Leaving Certificate, 1898
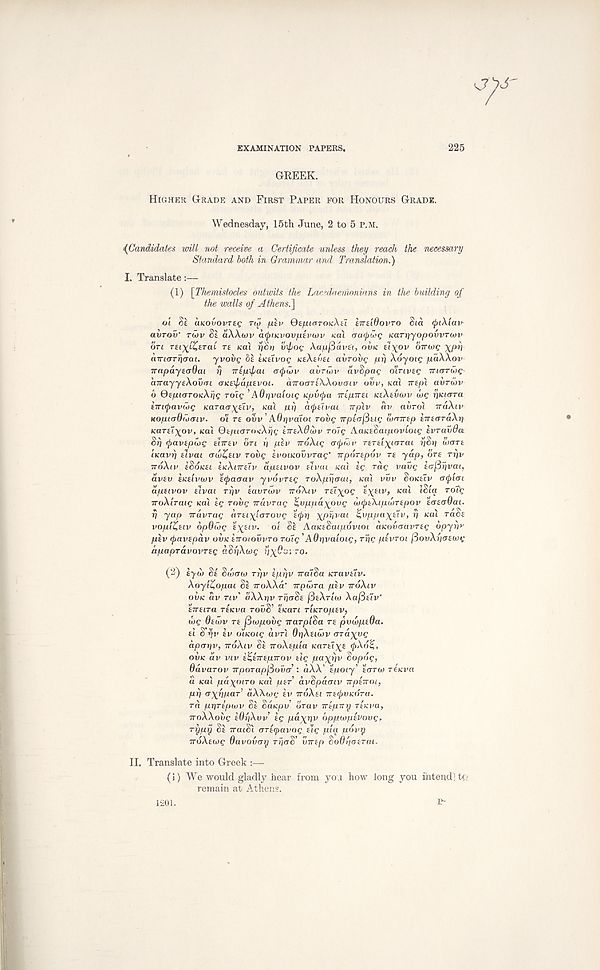
EXAMINATION PAPERS.
225
GREEK.
HIGHER GRADE AND FIRST PAPER FOR HONOURS GRADE.
Wednesday, 15th June, 2 to 5 P.M.
(Candidates mil not receive a Certificate unless they reach the necessary
Standard both in Grammar and Translation.)
I. Translate:—
(1) [Themistodes outwits the Lacedaemonians in the building of
the walls of Athens.']
oi 8a UKOvovrag rtg fj.h> GajutcrroK/Xa iireidovro $ia <pi\iav'
avrov' TWV 8t aXXcov atyinvovfiivwv nal <ja(j)£>g KaTriyopovvTwv
on TEi^L^eTai TE KOI riSo vfo(; Aoju/Savai, OVK EI\OV OTTWC xpi)
(nri<TTriaai. yvovg 8a EKEIVOQ KEXEVEI avrovg pi) Xoyoig paXXov
TrapayEaOai rj Tripficu acpiov avrujv avSpag O'ITLVEQ TTKTTOJQ
cnrayyeXovm (TKEXpapEvot. (nrooTiXXovcfiv ova, Kai Trap! avrwv
b OEpioToicXrig roig 'A0r)vaioig Kpv(\>a TTEpirEi KEXEVWV WC VKiara
ETTKpavcbg KaracT^Eiv, nal nrj acjiEivai irplv av avrol iraXiv
KopicrOioaiv. o'i TE ovv ’ AOijvaioi Toi>g TrpEcrfitig w<T7rap aTracrraArj
icarat^ov, Kai ©a/uaroicAfjc iirEXdwv roig AanEdaipovloLg Evravda
8rj (ftavEpwg EITTEV bn i) pev noXig <T<jt<ov rarai'^toTat r)di) SJOTE
iKavrj EIVCU <TU>ZEIV rovg Evoacovvrag' irporEpov TE yap, ora TTJV
noXiv ESOKEI EKXITTETV apEivov Eivai nai a? Tag vavg icrfirivai,
UVEV EKEIVWV E<pa<rav yvbvrEg ToXprjarai, KOX VVV Soicatv CTQ'KTI
apsivov Eivai Tpv savrutv TTOAIV rat^oc £X £lv > KaL ‘^‘9 T°^S
TroXiraig Kal Eg rovg wavrag %uppa%oug w(J)EX.ipiljTEpov EGEirOai.
rj yap iravTag aTEi^iaTovg Eipt) xprjvat ^vppa^Eiv, rj ical ra8a
vopit^Eiv opOibg a^aav. oi Si AatcESaipovioi iiKovaavTEg opyh*-
plv ipavEpav OVK ETTOIOVVTO rotg ’ A Qr)va'ioig, Trig PEVTOI fiovXrioEivg
apapTavovTEg adpAwg pxGorro.
(2) Eyd) SE SUKTO) Trjv iprjv iratSa KTUVEIV.
XoyiZopai 8a iroXXa' Trpwra plv iroXiv
OVK av TIV' aXXriv rijoSa jSaXruo AajSaTv'
ETTEtTa TEKVa TOu8’ EKUTl TlKTOpEV,
wg OEUIV TE (Biopovg iraTpida TE pvwpeOa.
EI Sfiv EV oiKoig avn dr)X£iu>v crraxyg
apar)v, TTOXIV 8a TroXapta (caral^a (j)X6y,,
OVK av viv E^ETTEpirov ate pa\r)v Sopbg,
OdvaTOv TtpoTaplSova : aXA’ spoiy' EOTW ratevn
a Kai pd^oiTO Kai par’ avSpdcnv npEnoi,
prj crxiipaT’ aXAurg EV TTOXEI Tra^uicdra.
rd pT)TEpwv 8a SaKpv brav TTEpny TEKVU,
rroXXovg EOIIAVV kg pa^pv bppivpsvovg,
rr/py 8a iraiSi orEipavog ate P<« pbvy
TroXawe Oavovay TijoS’ virEp So6i)OETai.
II. Translate into Greek :—
(1) We would gladly hear from you how long you intend ; to
remain at Athens.
P-
1201.